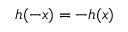
h ( - x ) = - h ( x )